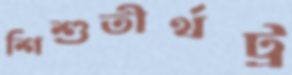
শিশুতীর্থট্র